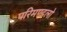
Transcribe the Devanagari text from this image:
परिमण्डलो